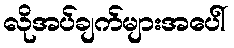
လိုအပ်ချက်များအပေါ်